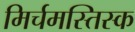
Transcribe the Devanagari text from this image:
मिर्चमस्तिस्क